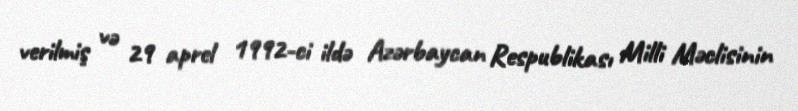
verilmiş və 29 aprel 1992-ci ildə Azərbaycan Respublikası Milli Məclisinin